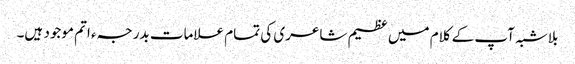
بلاشبہ آپ کے کلام میں عظیم شاعری کی تمام علامات بدرجہء اتم موجود ہیں۔